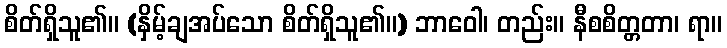
စိတ်ရှိသူ၏။ (နှိမ့်ချအပ်သော စိတ်ရှိသူ၏။) ဘာဝေါ၊ တည်း။ နီစစိတ္တတာ၊ ရာ။